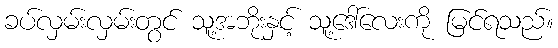
ခပ်လှမ်းလှမ်းတွင် သူ့အဘိုးနှင့် သူ့ဒေါ်လေးကို မြင်ရသည်။